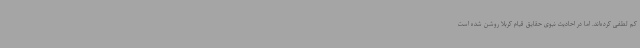
کم لطفی کرده‌اند. اما در احادیث نبوی حقایق قیام کربلا روشن شده است